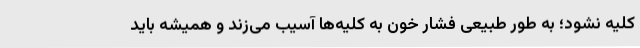
کلیه نشود؛ به طور طبیعی فشار خون به کلیه‌ها آسیب می‌زند و همیشه باید